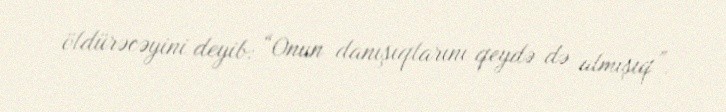
öldürəcəyini deyib: “Onun danışıqlarını qeydə də almışıq”.